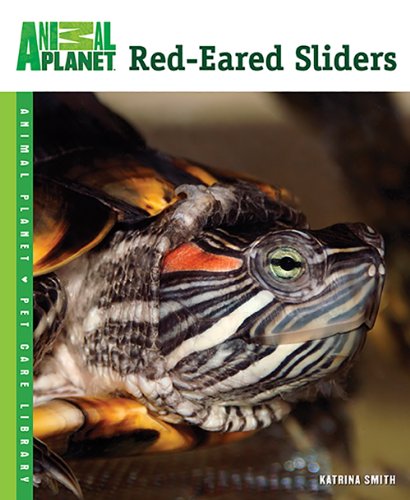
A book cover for Red-Eared Sliders (Animal Planet Pet Care Library); Katrina Smith; Crafts, Hobbies & Home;